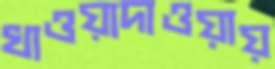
খাওয়াদাওয়ায়